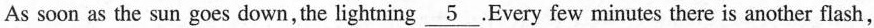
As soon as the sun goes down, the lightning \underline{5}.Every few minutes there is another flash,